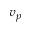
v _ { p }